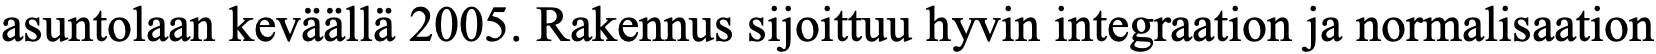
asuntolaan keväällä 2005. Rakennus sijoittuu hyvin integraation ja normalisaation